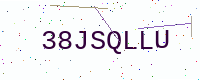
Text: 38JSQLLU